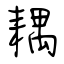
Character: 耦